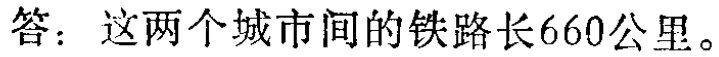
答：这两个城市间的铁路长660公里。